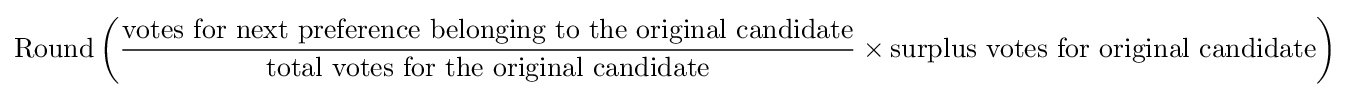
{\mbox{Round}}\left({{\mbox{votes for next preference belonging to the original candidate}} \over {\mbox{total votes for the original candidate}}}\times {\mbox{surplus votes for original candidate}}\right)